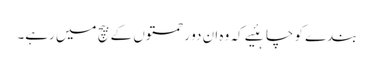
بندے کو چاہئیے کہ وہ ان دو رحمتوں کے بیچ میں رہے۔